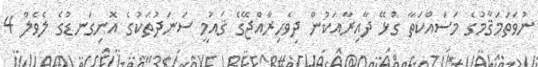
ނުވަތަމަޤާމުގެ މަސައްކަތާ ގުޅޭ ދާއިރާއަކުން ދިވެހިރާއްޖޭގެ ޤައުމީ ސަނަދުތަކުގެ އޮނިގަނޑުގެ ލެވެލް 4